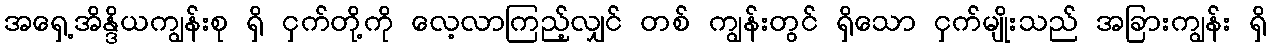
အရှေ့အိန္ဒိယကျွန်းစု ရှိ ငှက်တို့ကို လေ့လာကြည့်လျှင် တစ် ကျွန်းတွင် ရှိသော ငှက်မျိုးသည် အခြားကျွန်း ရှိ